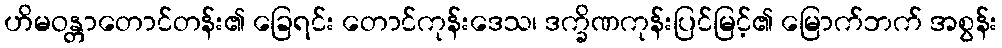
ဟိမဝန္တာတောင်တန်း၏ ခြေရင်း တောင်ကုန်းဒေသ၊ ဒက္ခိဏကုန်းပြင်မြင့်၏ မြောက်ဘက် အစွန်း